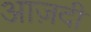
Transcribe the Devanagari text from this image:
आज़दी